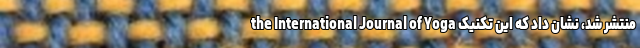
the International Journal of Yoga منتشر شد، نشان داد که این تکنیک